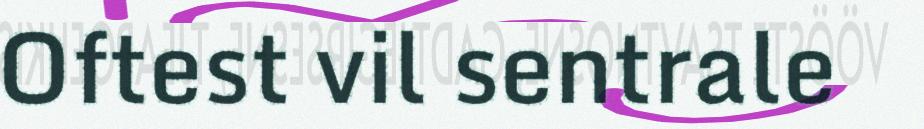
Oftest vil sentrale